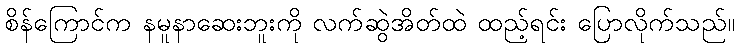
စိန်ကြောင်က နမူနာဆေးဘူးကို လက်ဆွဲအိတ်ထဲ ထည့်ရင်း ပြောလိုက်သည်။